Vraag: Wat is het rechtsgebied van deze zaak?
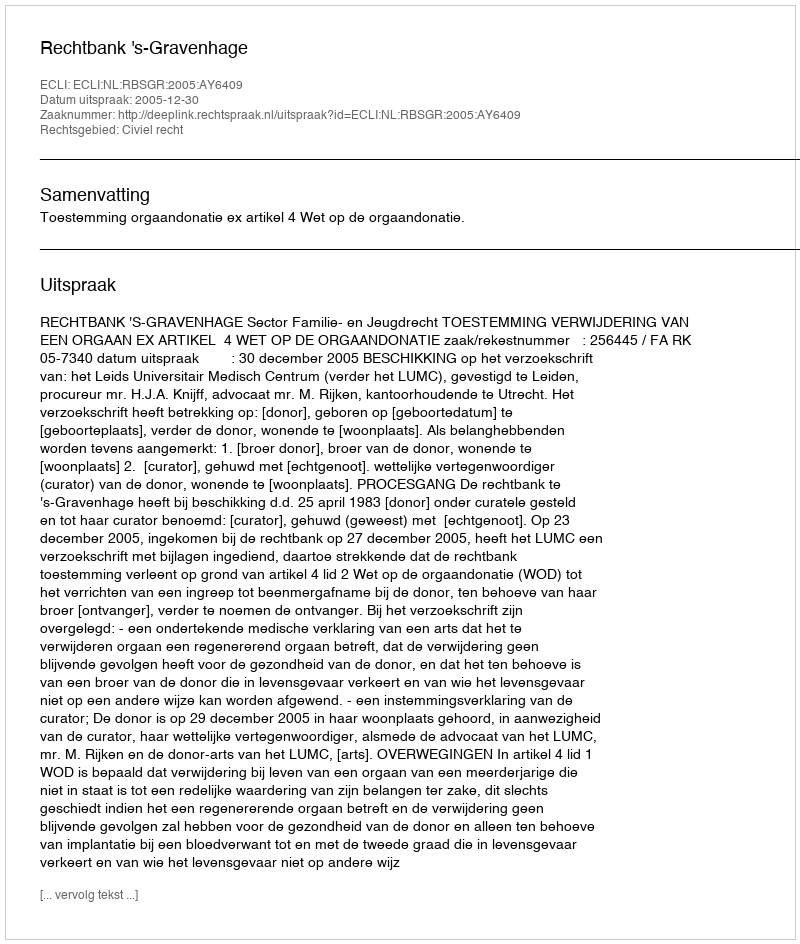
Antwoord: Civiel recht